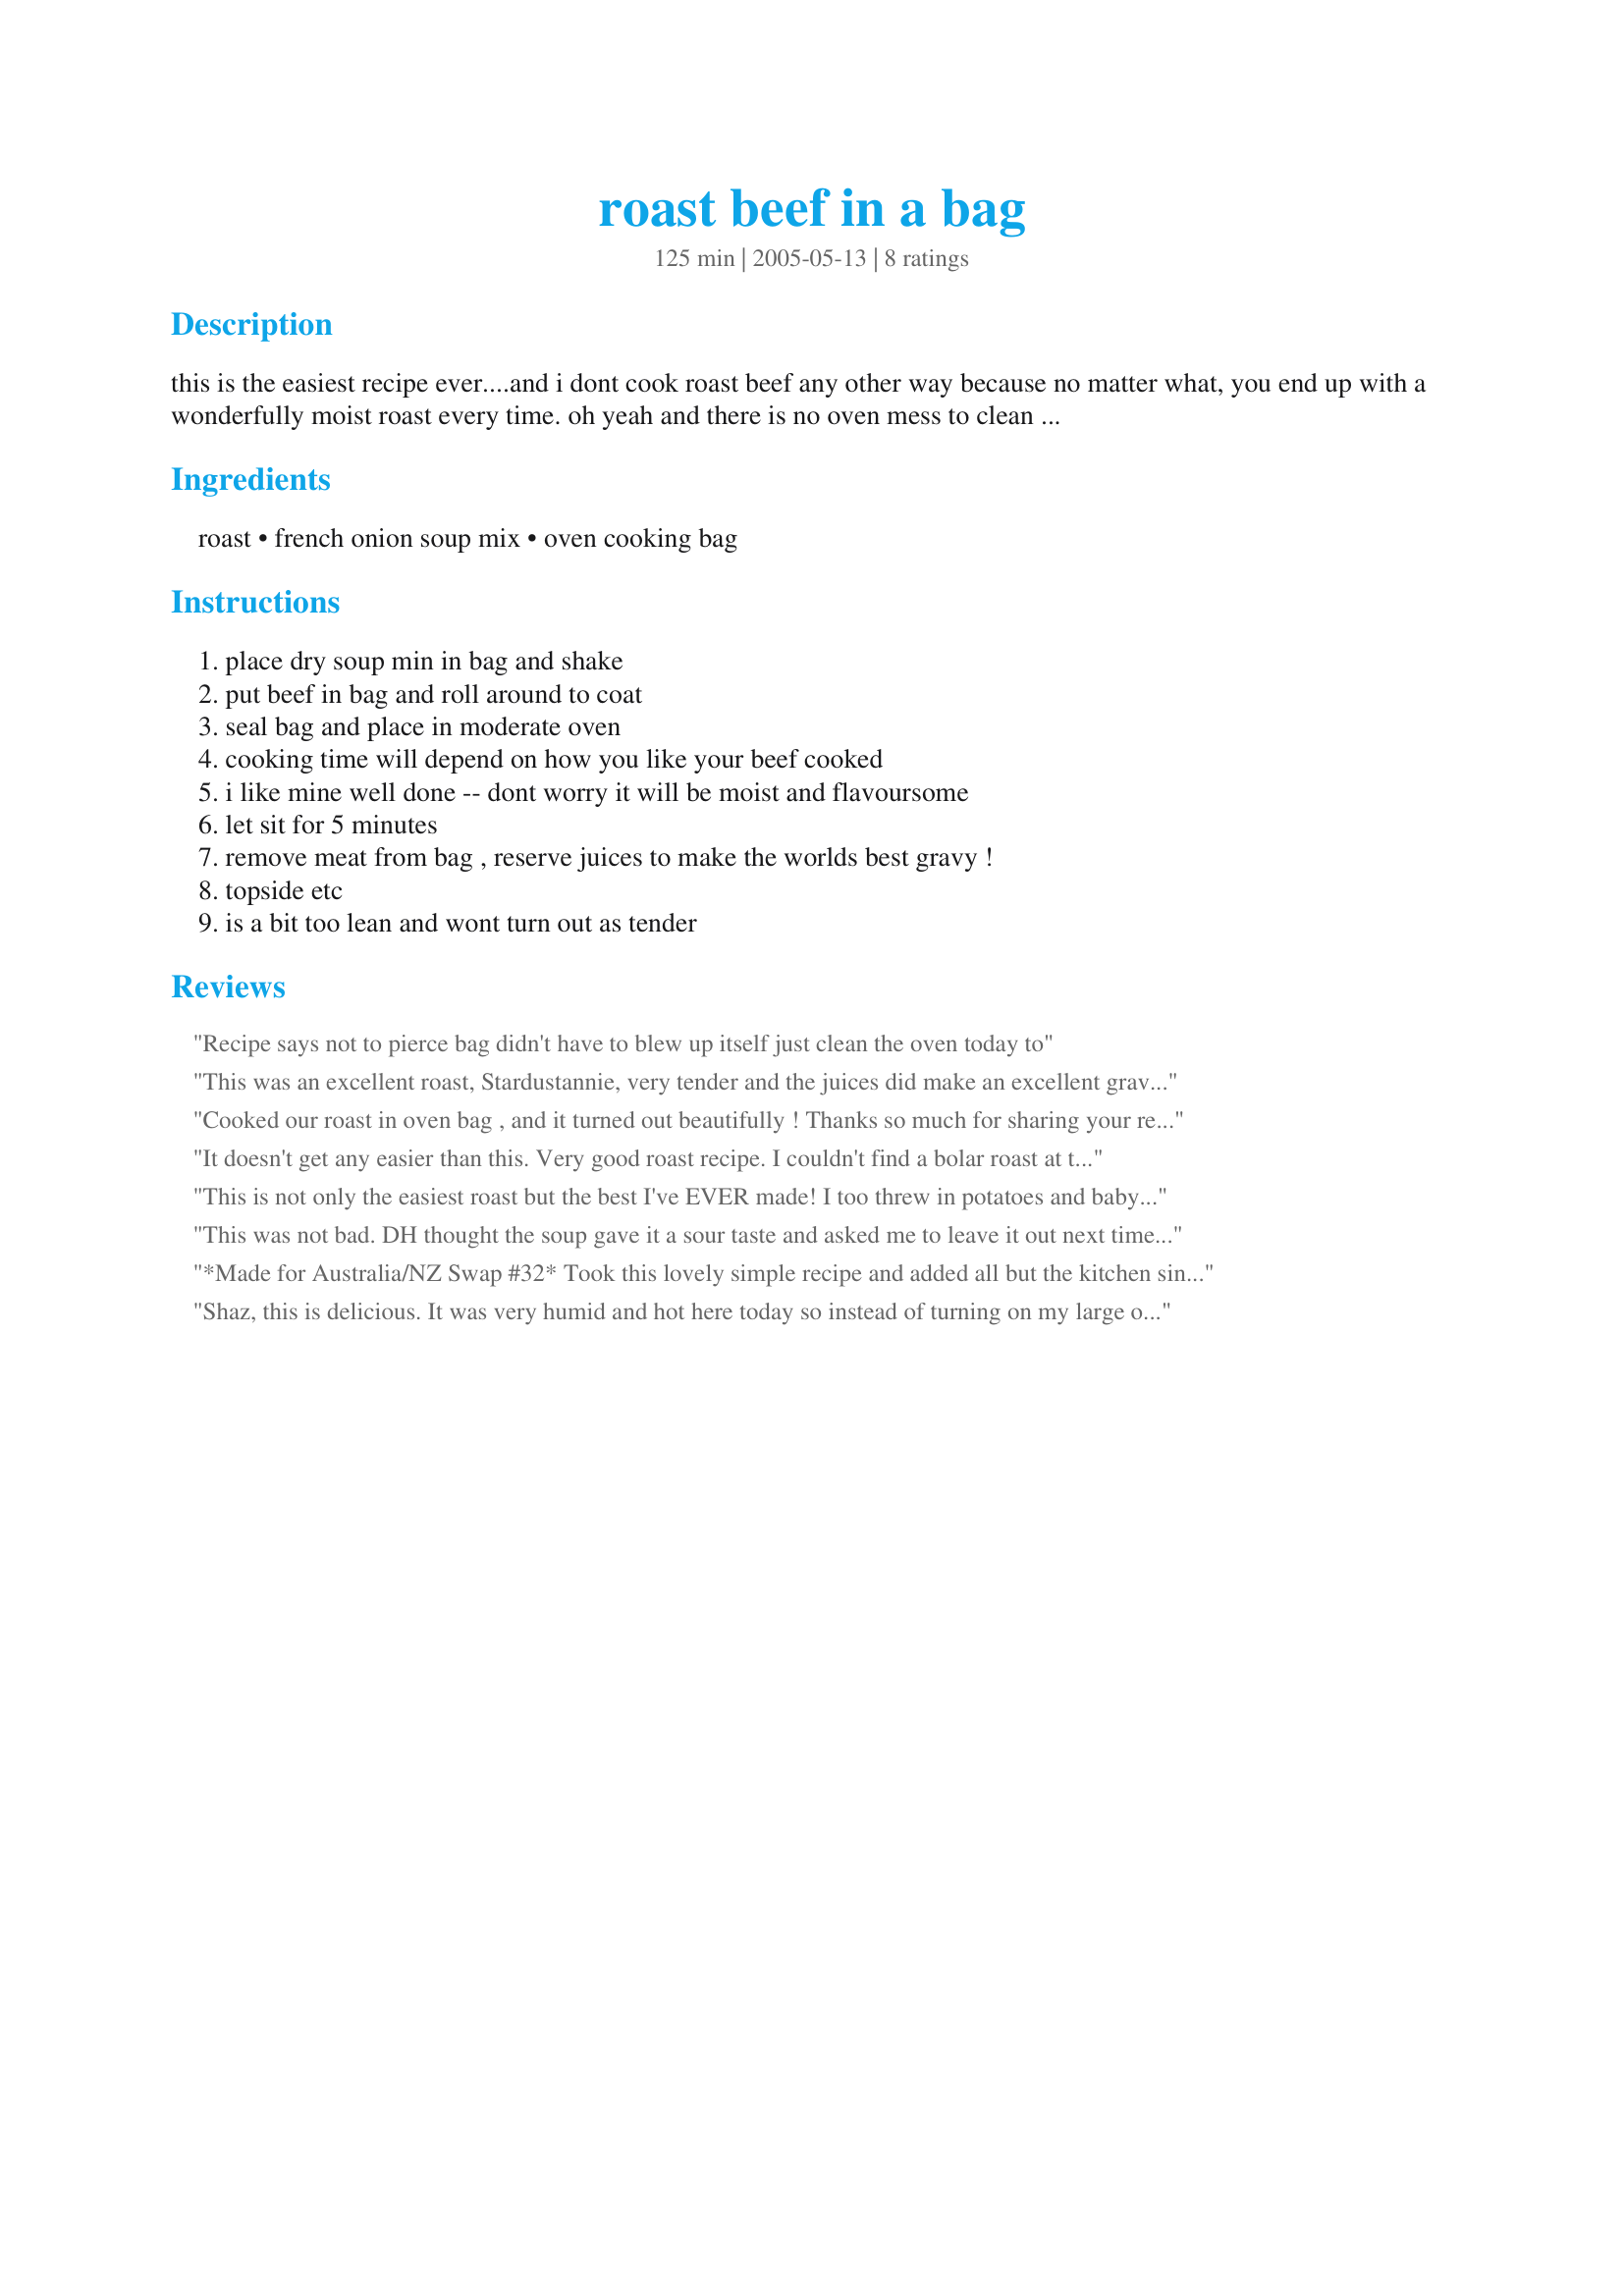
roast beef in a bag
Preparation time: 125 minutes

this is the easiest recipe ever....and i dont cook roast beef any other way because no matter what, you end up with a wonderfully moist roast every time. oh yeah and there is no oven mess to clean up
afterwoods.

Ingredients:
roast, french onion soup mix, oven cooking bag

Steps:
place dry soup min in bag and shake, put beef in bag and roll around to coat, seal bag and place in moderate oven, cooking time will depend on how you like your beef cooked, i like mine well done -- dont worry it will be moist and flavoursome, let sit for 5 minutes, remove meat from bag , reserve juices to make the worlds best gravy !, topside etc, is a bit too lean and wont turn out as tender

Reviews:
Recipe says not to pierce bag didn't have to blew up itself just clean the oven today to
This was an excellent roast, Stardustannie, very tender and the juices did make an excellent gravy. After an hour in the oven I ended up poking a couple of holes in the bag, I was so worried it was going to explode. 
I used a 1.9kg bolar roast and cooked it for 2 hours at 200C. Served with Jewelies Smashed Potatoes,peas,carrots and corn on the cob.
Delicious and easy!!
Cooked our roast in oven bag , and it turned out beautifully ! Thanks so much for sharing your recipie. I would have put up a pic, but this site is not very Maree friendly haha, i couldn't upload from my pics on phone, no option for it. Anyway thanks again !
It doesn't get any easier than this. Very good roast recipe. I couldn't find a bolar roast at the market, so the man in the meat department showed me a roast that would be comparable. I made this in a cooking bag in my crock pot. The roast turned out very tender and the gravy that I made from the drippings was very good. I can't wait to have roast beef sandwiches tomorrow for lunch. Thanks for sharing such an easy and tasty recipe, Stardustannie.
This is not only the easiest roast but the best I've EVER made! I too threw in potatoes and baby carrots - on top of the Lipton Onion Soup Mix I diced some vidalia onion for extra flavor and added that wonderful 1/2 cup of red cooking wine - it made it even more juicy! My family loved it and the sandwiches the next day were just as good.
This was not bad. DH thought the soup gave it a sour taste and asked me to leave it out next time. I used the juices from the roast and made gravy using Recipe #149886 to go along with it.
*Made for Australia/NZ Swap #32*
Took this lovely simple recipe and added all but the kitchen sink ! Had a few potatoes and onions handy, and found some baby carrots in the frig drawer, tossed about 1/2 red wine over, and topped with the onion soup mix ! It was a One Bag very flavorful meal, with effortless cleanup ! Thanks for posting, Annie !
Shaz, this is delicious. It was very humid and hot here today so instead of turning on my large oven I cooked this in my crockpot in the oven bag. I turned it on high for the first 2 hours and then turned down to low for maybe another 2 hours. If you are going to cook on high in the crockpot it's important to watch as the oven bag expands and the lid may come off. When I was buying the oven bags there was a lady next to me buying some too. She was telling me this is how she always cooks her roasts. Along with the onion soup mix in step one she suggested adding about 1 tablespoon flour so the sauce thickens up while cooking. I didn't try her idea as I wanted to try your recipe exactally first but will add the flour next time I cook it to see how it goes. I used a packet of Maggi Onion Soup mix. The roast was extremely tender and very tasty with amazing gravy. Thanks for posting a winner recipe.
